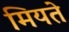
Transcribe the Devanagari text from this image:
मियते